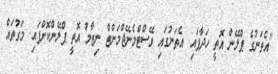
"އެތަނުގެ ޕްލޭން އޮތީ ހަދާފައި. އެތަނުގައި ވޭސްޓްމެނޭޖްމަންޓް ނިޒާމު އޮތީ ޕްލޭންކޮށްފައި. މަގުތައް